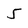
Character: 5